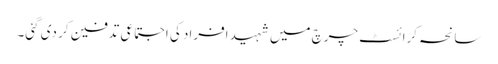
سانحہ کرائسٹ چرچ میں شہید افراد کی اجتماعی تدفین کر دی گئی۔